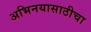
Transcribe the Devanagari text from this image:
अभिनयासाठीचा